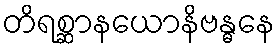
တိရစ္ဆာနယောနိဗန္ဓနေ